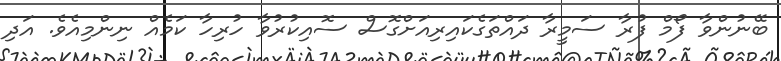
ބޭނުންވާ ފޯމް ފުރާ ސަމީރާ ދައްތަގެކައިރިއަށްގޮސް ސޮއިކުރުވާ ހުރިހާ ކަމެއް ނިންމިއެވެ. އަދި